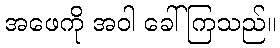
အဖေကို အဝါ ခေါ်ကြသည်။